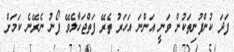
ފަދަ ކުންފުނިތަކުން ވަނީ އަންނަ އަހަރު ތެރޭ ފަތްޖަހާލެވޭ ފޯނު ނެރޭނެ ކަމަށް